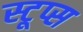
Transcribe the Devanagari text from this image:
स्टूप्स